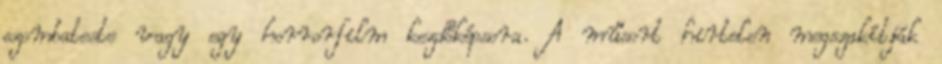
szombateste vagy egy horrorfilm kezdőképsora. A műsort hirtelen megszakítják